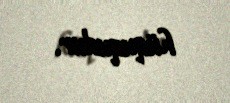
hüququdur.